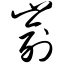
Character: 嵛